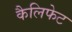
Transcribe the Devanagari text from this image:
कैलिफेट